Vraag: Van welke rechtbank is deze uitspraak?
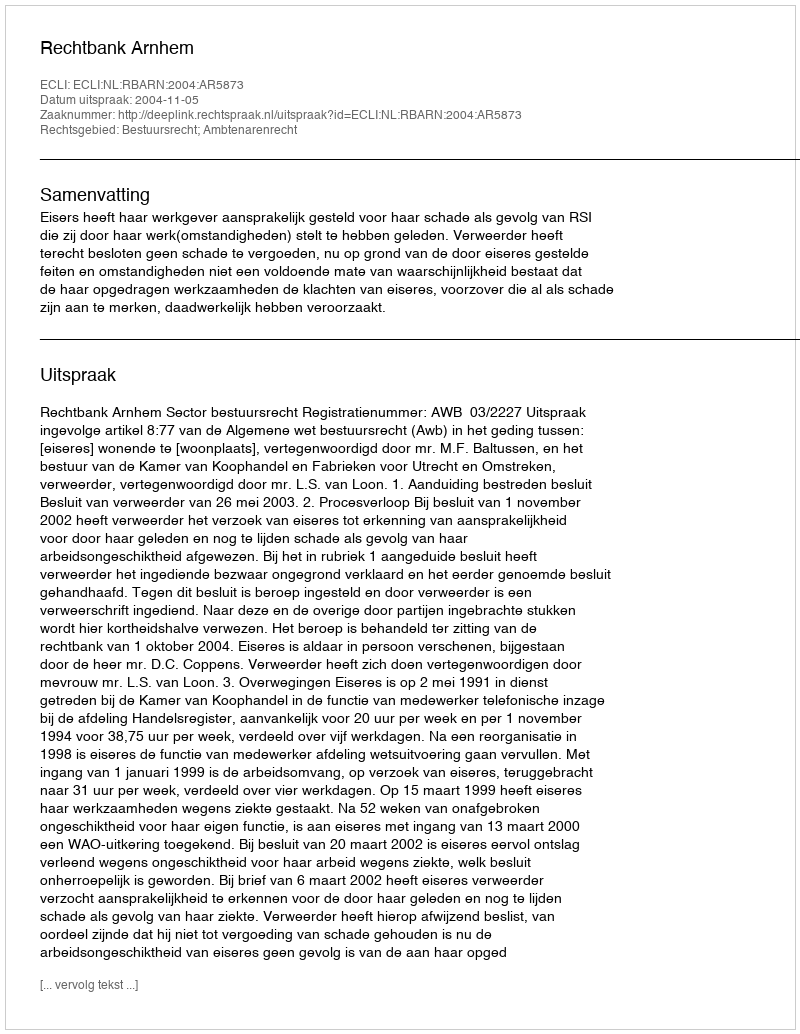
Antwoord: Rechtbank Arnhem